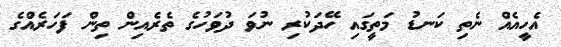
އެހީއެއް ނެތި ކަނޑު މަތީގައި ހޭދަކުރި ނުވަ ދުވަހުގެ ތެރެއިން ތިން ފަހަރެއްގެ